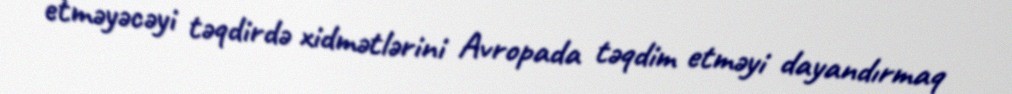
etməyəcəyi təqdirdə xidmətlərini Avropada təqdim etməyi dayandırmaq